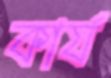
কার্য